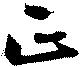
正